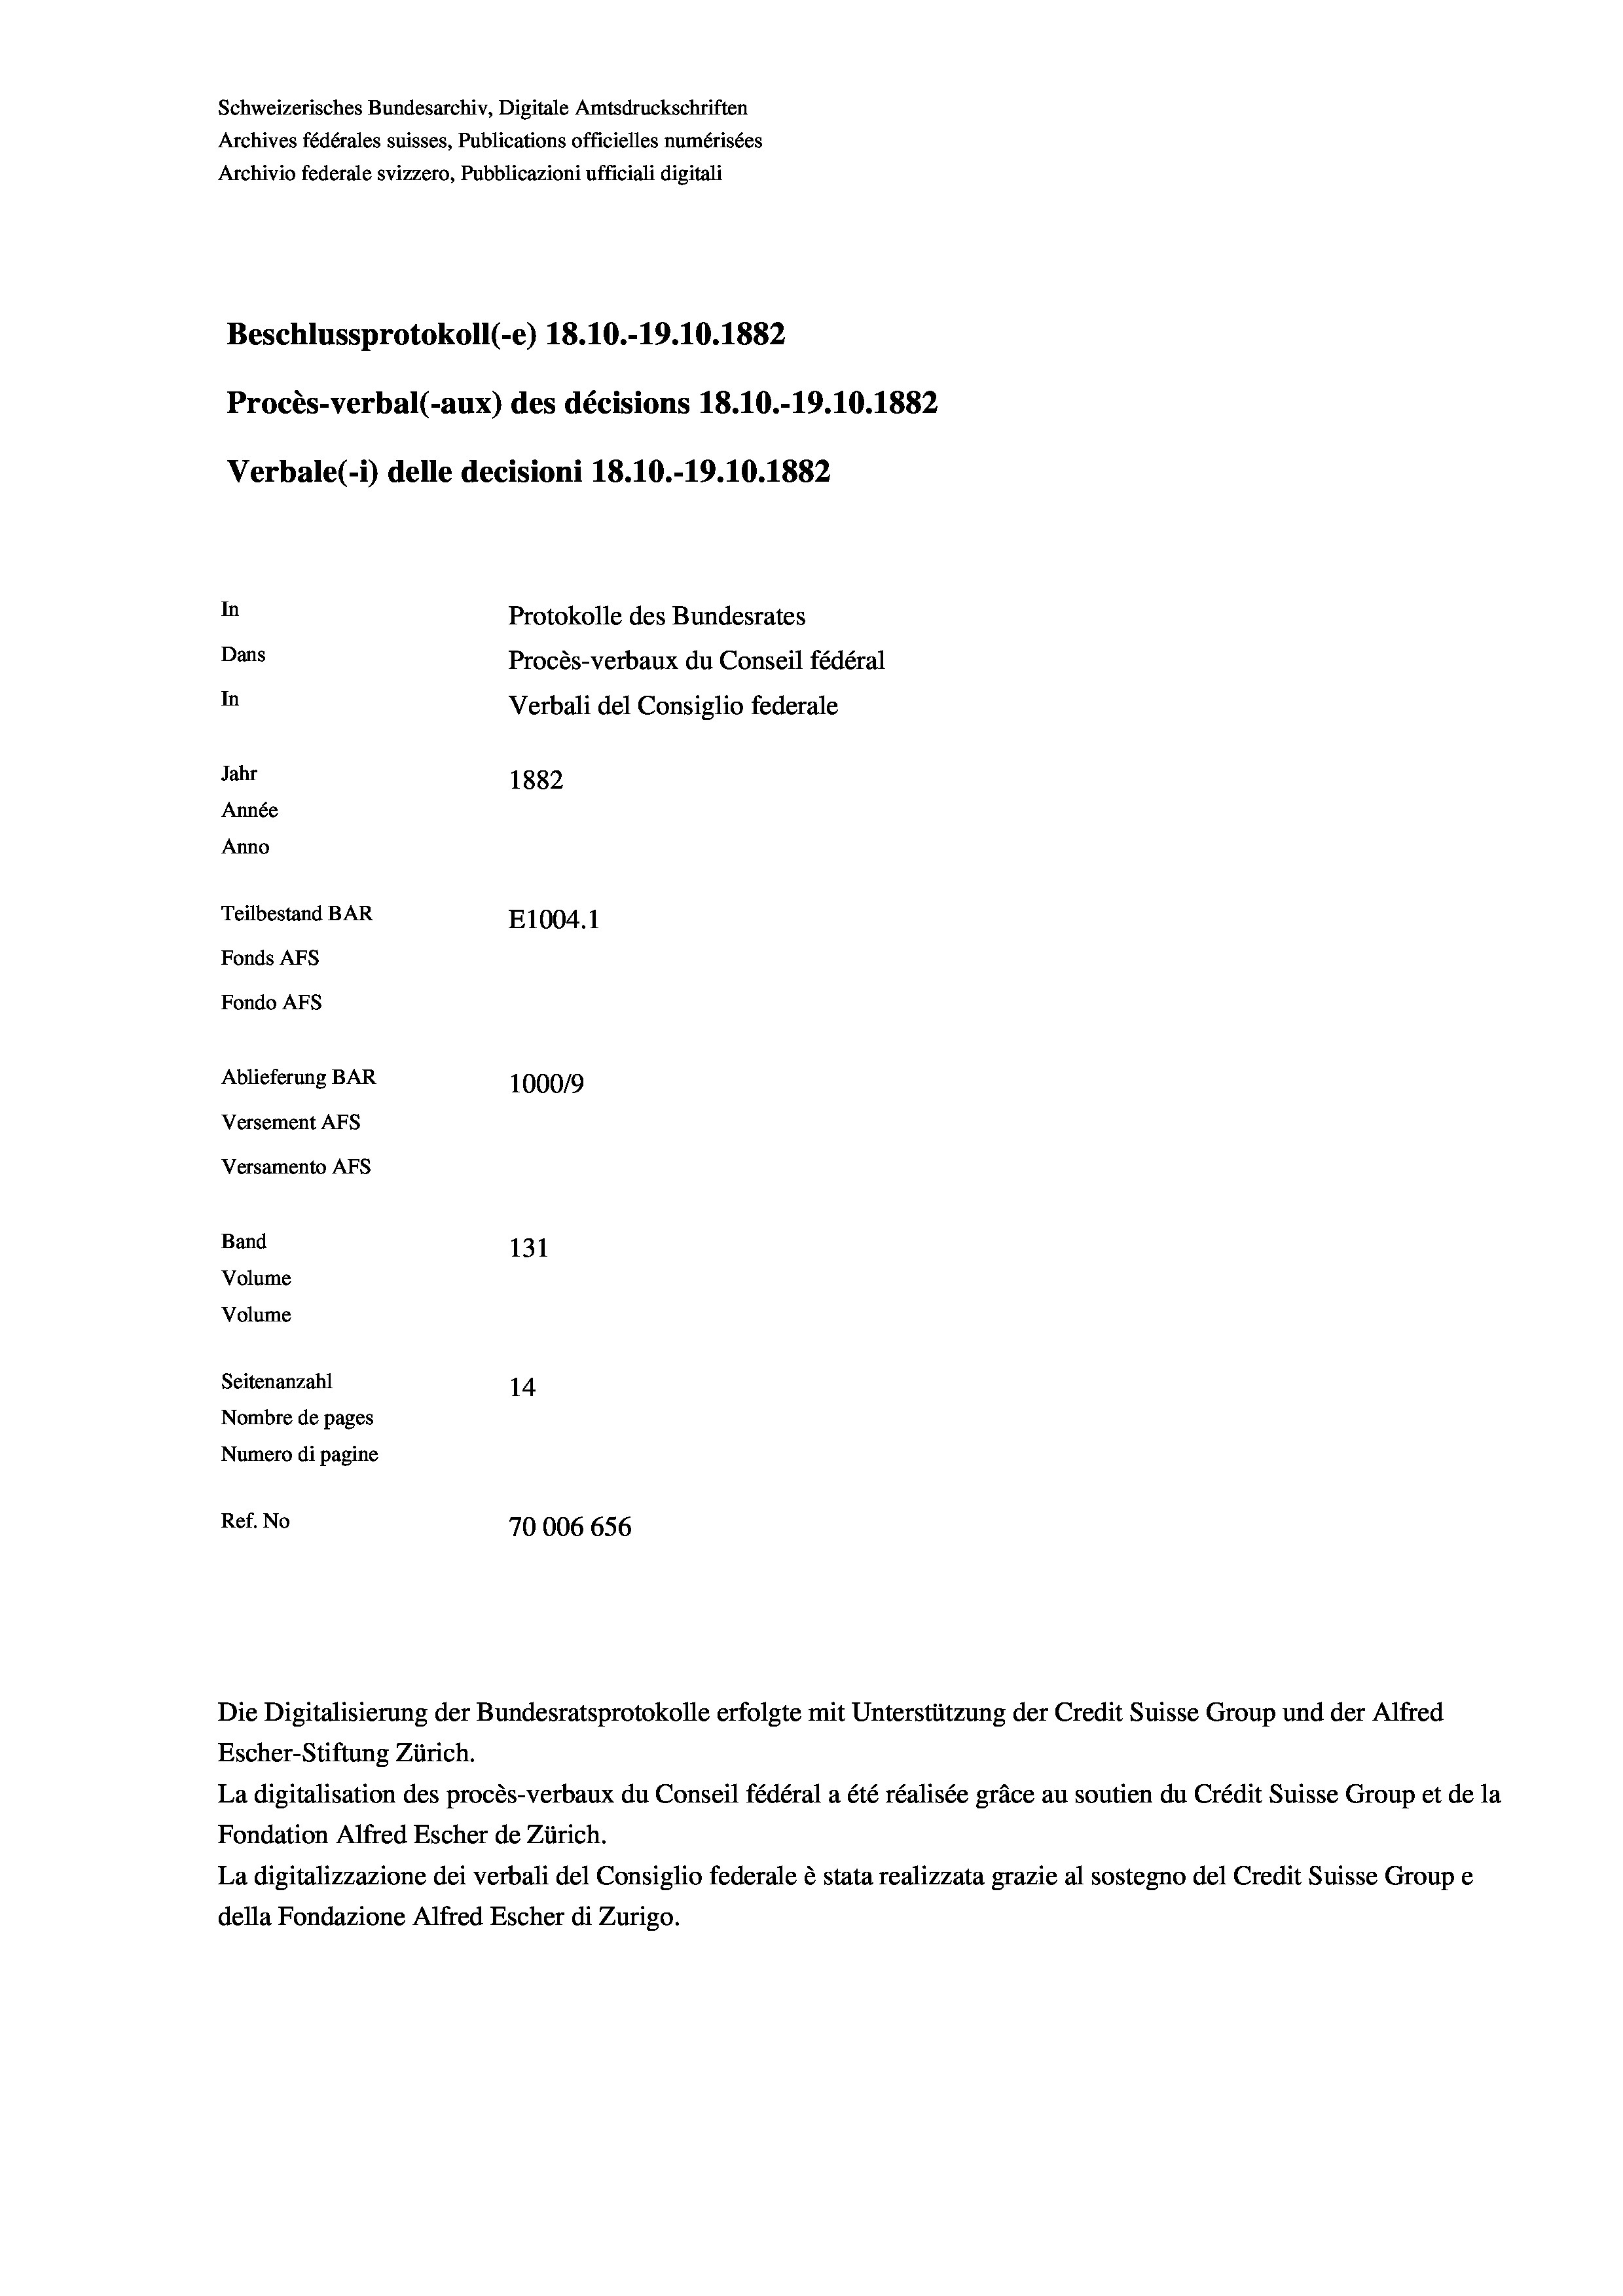
Schweizerisches Bundesarchiv, Digitale Amtsdruckschriften
Archives fédérales suisses, Publications officielles numérisées
Archivio federale svizzero, Pubblicazioni ufficiali digitali
Beschlussprotokoll (-e) 18.10.-19.10.1882
Procès-verbal (-aux) des décisions 18.10.-19.10.1882
Verbale (i) delle decisioni 18.10.-19.10.1882
In
Protokolle des Bundesrates
Dans
Procès-verbaux du Conseil fédéral
In
Verbali del Consiglio federale
Jahr
1882
Année
Anno
Teilbestand BAR
E1004. 1
Fonds AFs
Fondo Afs
Ablieferung BAR
100019
Versement AFs
Versamento Afs
Band
131
Volume
Volume
Seitenanzahl
14
Nombre de pages
Numero di pagine
Ref. No
70006656

Escher-Stiftung Zürich.
La digitalisation des procès-verbaux du Conseil fédéral a été réalisée gräce au soutien du Crédit Suisse Group et de la
Fondation Alfred Escher de Zürich.
La digitalizzazione dei verbali del Consiglio federale è stata realizzata grazie al sostegno del Credit Suisse Groupe
della Fondazione Alfred Escher di Zurigo.

Die Digitalisierung der Bundesratsprotokolle erfolgte mit Unterstützung der Credit Suisse Group und der Alfred